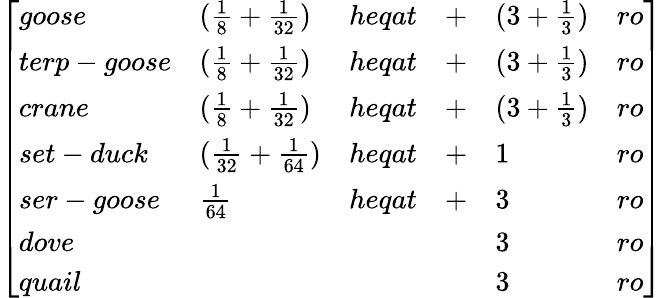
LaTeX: {\left[\begin{array}{llllll}{goose}&{({\frac{1}{8}}+{\frac{1}{32}})}&{heqat}&{+}&{(3+{\frac{1}{3}})}&{ro}\\ {terp-goose}&{({\frac{1}{8}}+{\frac{1}{32}})}&{heqat}&{+}&{(3+{\frac{1}{3}})}&{ro}\\ {crane}&{({\frac{1}{8}}+{\frac{1}{32}})}&{heqat}&{+}&{(3+{\frac{1}{3}})}&{ro}\\ {set-duck}&{({\frac{1}{32}}+{\frac{1}{64}})}&{heqat}&{+}&{1}&{ro}\\ {ser-goose}&{{\frac{1}{64}}}&{heqat}&{+}&{3}&{ro}\\ {dove}&&&&{3}&{ro}\\ {quail}&&&&{3}&{ro}\end{array}\right]}